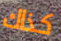
كذاك